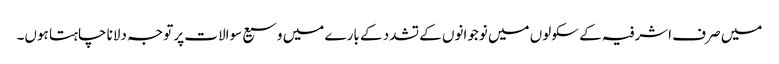
میں صرف اشرفیہ کے سکولوں میں نوجوانوں کے تشدد کے بارے میں وسیع سوالات پر توجہ دلانا چاہتا ہوں۔